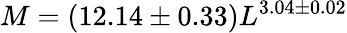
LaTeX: M=\left(12.14\pm 0.33\right)L^{3.04\pm 0.02}